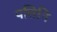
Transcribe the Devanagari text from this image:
पत्तिनि